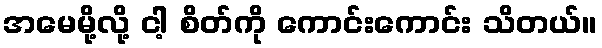
အမေမို့လို့ ငါ့ စိတ်ကို ကောင်းကောင်း သိတယ်။